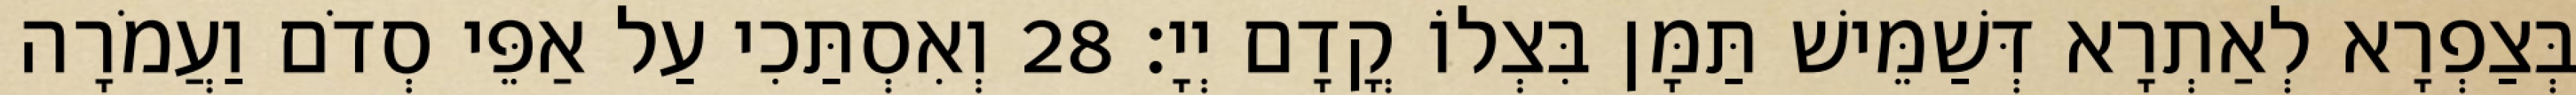
בְּצַפְרָא לְאַתְרָא דְּשַׁמֵּישׁ תַּמָּן בִּצְלוֹ קֳדָם יְיָ׃ 28 וְאִסְתַּכִי עַל אַפֵּי סְדֹם וַעֲמֹרָה